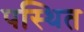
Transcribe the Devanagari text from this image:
पस्थित